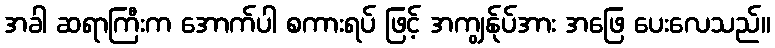
အခါ ဆရာကြီးက အောက်ပါ စကားရပ် ဖြင့် အကျွန်ုပ်အား အဖြေ ပေးလေသည်။